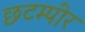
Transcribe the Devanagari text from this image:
छटम्पीर